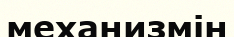
механизмін